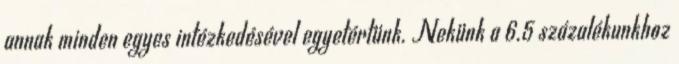
annak minden egyes intézkedésével egyetértünk. Nekünk a 6.5 százalékunkhoz